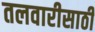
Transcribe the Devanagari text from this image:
तलवारीसाठी